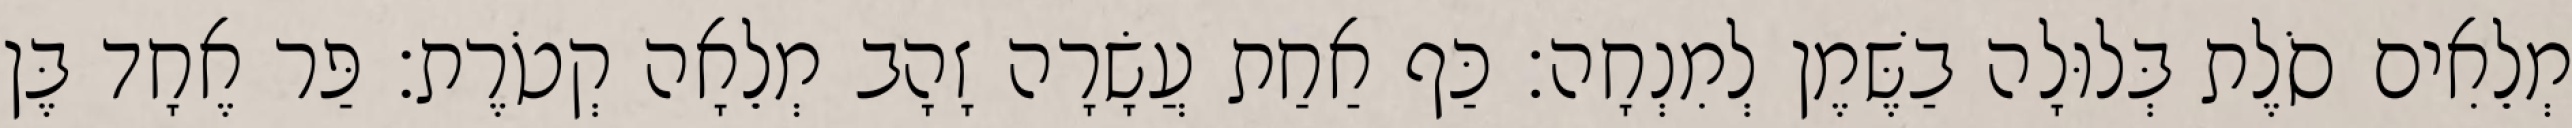
מְלֵאִים סֹלֶת בְּלוּלָה בַשֶּׁמֶן לְמִנְחָה׃ כַּף אַחַת עֲשָׂרָה זָהָב מְלֵאָה קְטֹרֶת׃ פַּר אֶחָד בֶּן